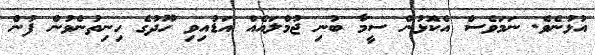
އުޅުނެވެ. ނަމަވެސް އެކޮޅުން ސީމާ ބުނި ޖުމްލައެއް އަޑުއިވި ހޫދުގެ ހިނިތުންވުން ފުން